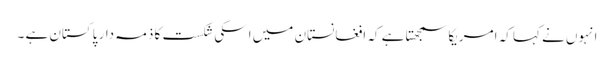
انہوں نے کہا کہ امریکا سمجھتا ہے کہ افغانستان میں اسکی شکست کا ذمہ دار پاکستان ہے ۔